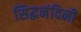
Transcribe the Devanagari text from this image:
सिद्धनंदिनी